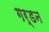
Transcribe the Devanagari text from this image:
गर्डन